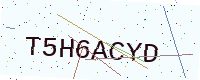
Text: T5H6ACYD